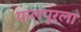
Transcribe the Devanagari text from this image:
पालपूरला